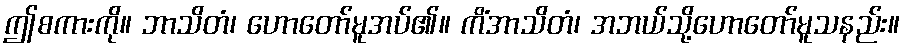
ဤစကားကို။ ဘာသိတံ၊ ဟောတော်မူအပ်၏။ ကိံအာသိတံ၊ အဘယ်သို့ဟောတော်မူသနည်း။